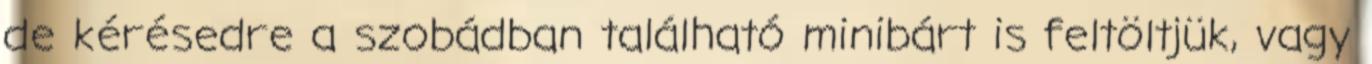
de kérésedre a szobádban található minibárt is feltöltjük, vagy